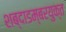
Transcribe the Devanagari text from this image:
शब्दाडम्बरयुक्त